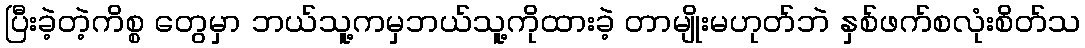
ပြီးခဲ့တဲ့ကိစ္စ တွေမှာ ဘယ်သူ့ကမှဘယ်သူ့ကိုထားခဲ့ တာမျိုးမဟုတ်ဘဲ နှစ်ဖက်စလုံးစိတ်သ